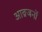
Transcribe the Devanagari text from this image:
आव्रजनों